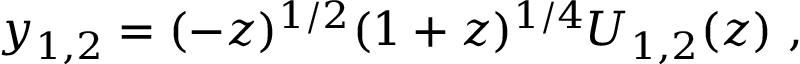
y _ { 1 , 2 } = ( - z ) ^ { 1 / 2 } ( 1 + z ) ^ { 1 / 4 } U _ { 1 , 2 } ( z ) \ ,